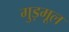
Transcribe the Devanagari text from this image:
गुड़मूल